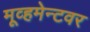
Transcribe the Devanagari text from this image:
मूव्हमेन्टवर